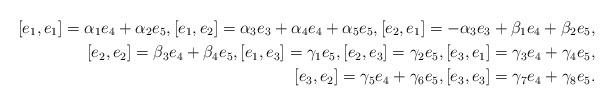
LaTeX: \begin{align*}[e_1, e_1]=\alpha_1e_4+ \alpha_2e_5, [e_1, e_2]=\alpha_3e_3+\alpha_4e_4+ \alpha_5e_5, [e_2, e_1]=-\alpha_3e_3+ \beta_1e_4+ \beta_2e_5, \\ [e_2, e_2]=\beta_3e_4+ \beta_4e_5, [e_1, e_3]=\gamma_1e_5, [e_2, e_3]=\gamma_2e_5, [e_3, e_1]=\gamma_3e_4+\gamma_4e_5, \\ [e_3, e_2]=\gamma_5e_4+\gamma_6e_5, [e_3, e_3]=\gamma_7e_4+\gamma_8e_5.\end{align*}